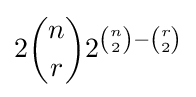
2{n \choose r}2^{{n \choose 2}-{r \choose 2}}